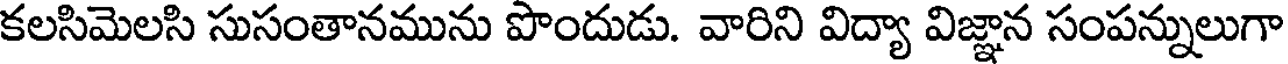
కలసిమెలసి సుసంతానమును పొందుడు. వారిని విద్యా విజ్ఞాన సంపన్నులుగా